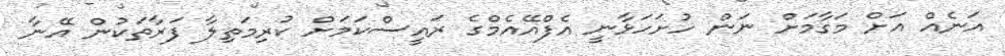
އަނެއް އަށް މަގާމަށް ނަން ހުށަހަޅާނީ އެފްއޭއެމްގެ ރައީސްކަމަށް ކުރިމަތިލާ ފަރާތަކުން އޭނާ